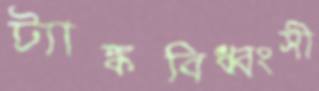
ট্যাঙ্কবিধ্বংসী